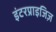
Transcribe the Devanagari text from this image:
इंटरप्राइजिज़